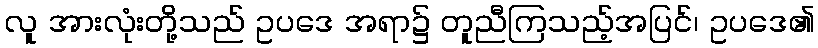
လူ အားလုံးတို့သည် ဥပဒေ အရာ၌ တူညီကြသည့်အပြင်၊ ဥပဒေ၏